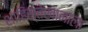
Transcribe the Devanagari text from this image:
शाहिस्तेखानाला